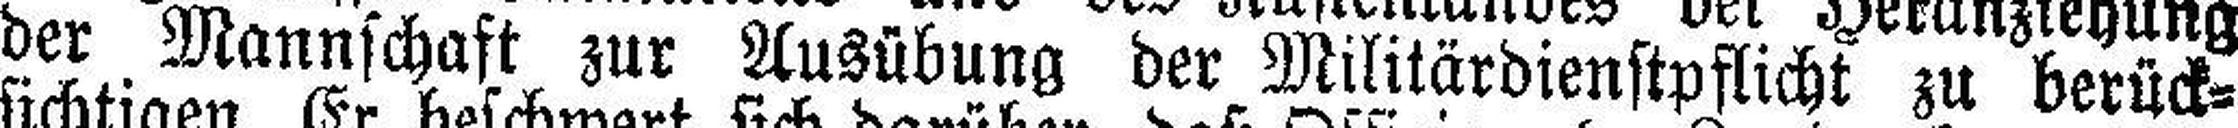
der Mannschaft zur Ausübung der Militärdienstpflicht zu berück¬